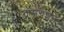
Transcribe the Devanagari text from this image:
ट्रांसग्रेशन